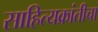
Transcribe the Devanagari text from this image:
साहित्यक्रांतीचा